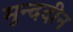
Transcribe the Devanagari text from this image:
मुन्ददीन